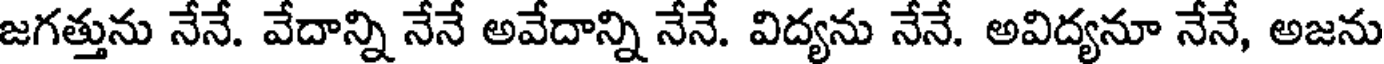
జగత్తును నేనే. వేదాన్ని నేనే అవేదాన్ని నేనే. విద్యను నేనే. అవిద్యనూ నేనే, అజను